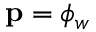
\mathbf { p } = \phi _ { w }